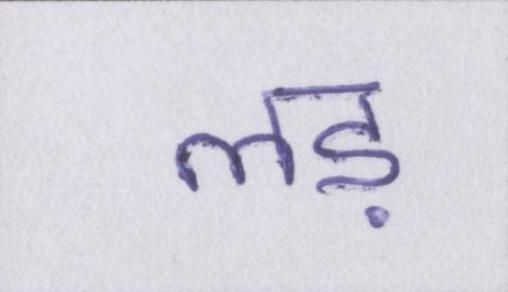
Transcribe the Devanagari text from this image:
लड़